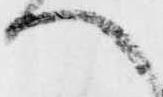
へ